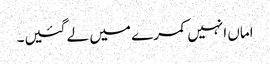
اماں انہیں کمرے میں لے گئیں۔